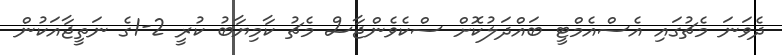
ދެވަނަ މެޗުގައި އެސްއެމްޓީ ބައްދަލުކޮށް ސްކެވެންޖާސް މެޗު ކާމިޔާބު ކުރީ 2-1ގެ ނަތީޖާއަކުން